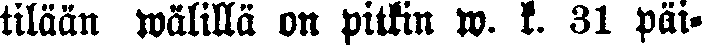
tilään wälillä on pitkin w. k. 31 päi-